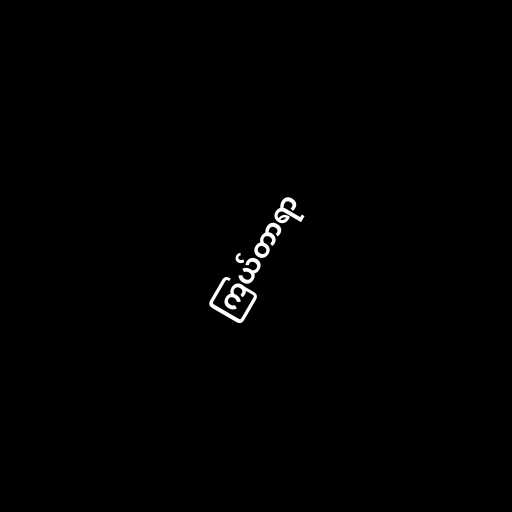
ကြယ်တာရာ